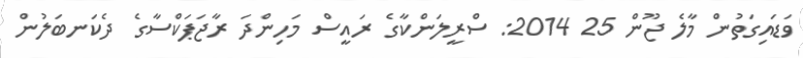
ވަޑައިގަތުން މާލެ ޖޫން 25 2014: ސްރީލަންކާގެ ރައީސް މަހިންދަ ރާޖަޕަކްސާގެ ދެކަނބަލުން